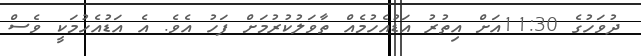
ދުވަހުގެ 11:30އަށް އިތުރު އަޑުއެހުމެއް ތާވަލުކުރުމަށް ފަހު އެވެ. އެ އަޑުއެހުމަކީ ވެސް